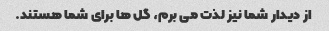
از دیدار شما نیز لذت می برم، گل ها برای شما هستند.